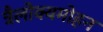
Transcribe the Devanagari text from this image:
त्रैलोक्यमोहन